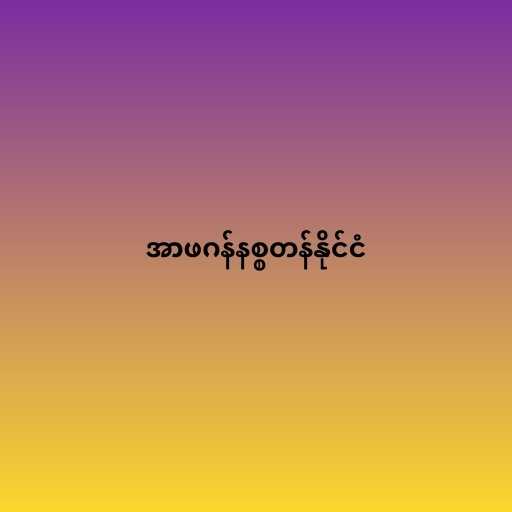
အာဖဂန်နစ္စတန်နိုင်ငံ